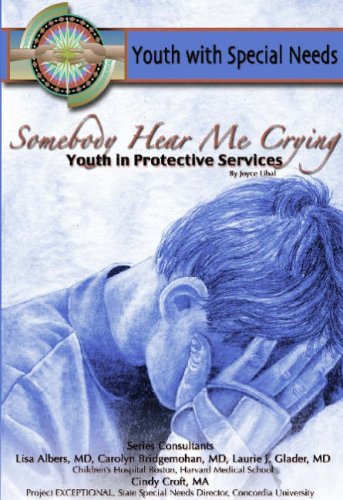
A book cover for Somebody Hear Me Crying: Youth in Protective Services (Youth With Special Needs); Joyce Libal; Teen & Young Adult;